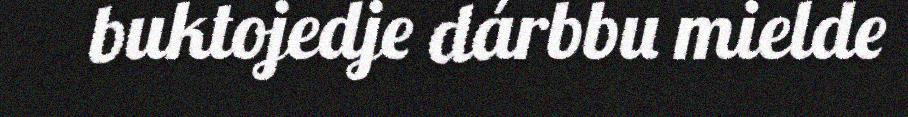
buktojedje dárbbu mielde